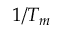
1 / T _ { m }